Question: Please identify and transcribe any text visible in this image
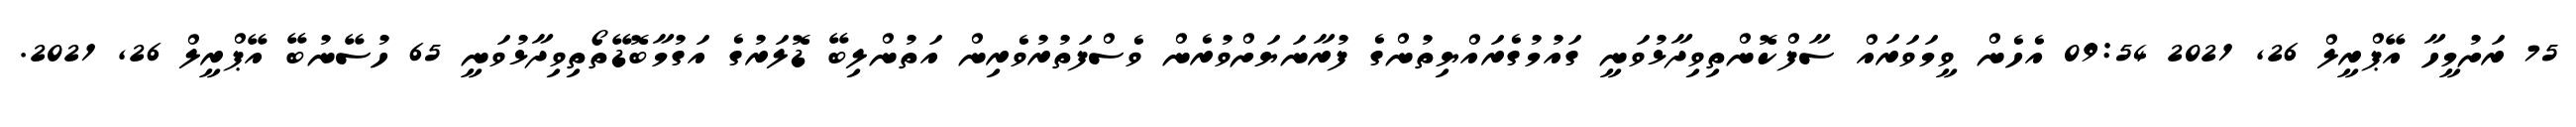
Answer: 75 ރަށުމީހާ އޭޕްރީލް 26, 2021 09:54 އެހެން ވީމަވަރައް ސާފްކޮންތިވިދާޅުވަނީ ގައުމުގެރައްޔިތުންގެ ފުރާނަޔަށްވުރެން ވެސްފަތުރުވެރިން އަތުންލިބޭ ޑޮލަރުގެ އަގުމާބޮޑޭތޯތިވިދާޅުވަނީ 65 ހުސޭނުބޭ އޭޕްރީލް 26, 2021.